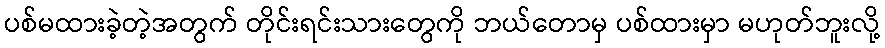
ပစ်မထားခဲ့တဲ့အတွက် တိုင်းရင်းသားတွေကို ဘယ်တောမှ ပစ်ထားမှာ မဟုတ်ဘူးလို့